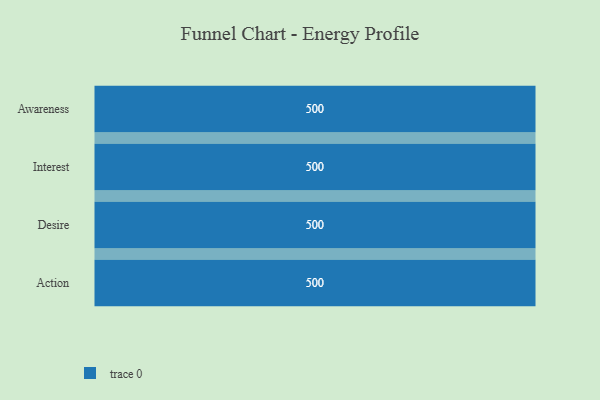
{"axis": {"x": "Stage", "y": "Value"}, "legend": [""], "data": [{"x": "Awareness", "y": 500, "type": ""}, {"x": "Interest", "y": 500, "type": ""}, {"x": "Desire", "y": 500, "type": ""}, {"x": "Action", "y": 500, "type": ""}]}